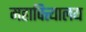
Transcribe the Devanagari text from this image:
महावित्त्यालय